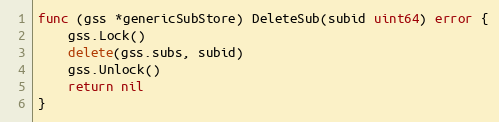
Language: Go
func (gss *genericSubStore) DeleteSub(subid uint64) error {
	gss.Lock()
	delete(gss.subs, subid)
	gss.Unlock()
	return nil
}